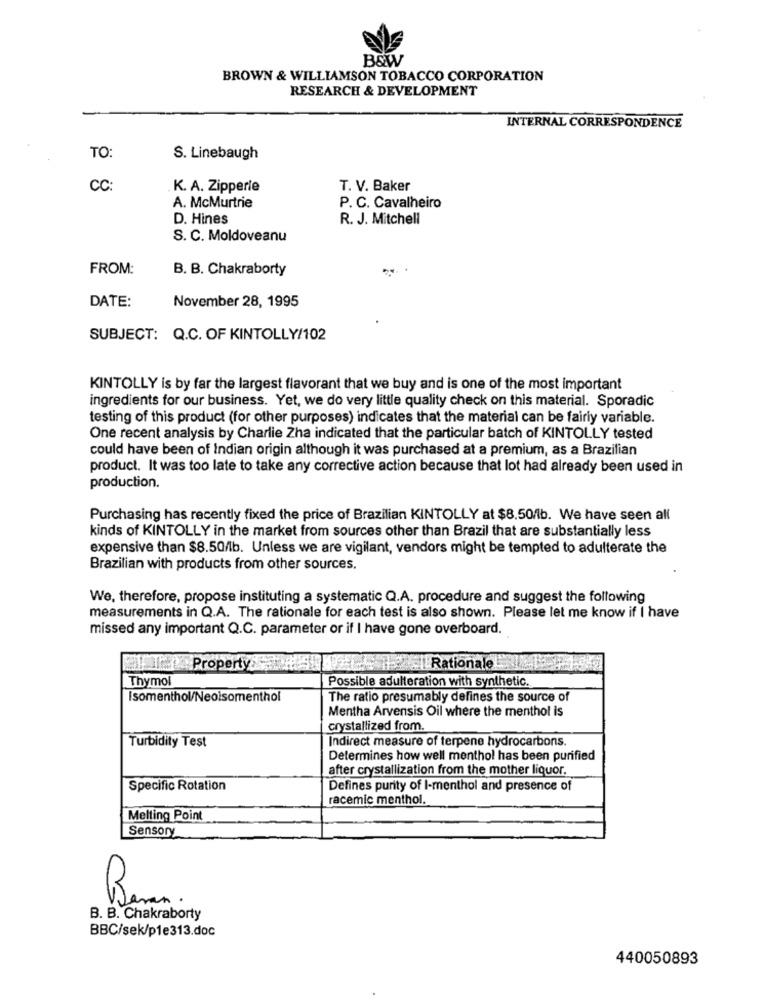
B&W
BROWN & WILLIAMSON TOBACCO CORPORATION
RESEARCH & DEVELOPMENT
INTERNAL CORRESPONDENCE
TO:
S. Linebaugh
CC:
K. A. Zipperle
T. V. Baker
A. McMurtrie
P. C. Cavalheiro
D. Hines
R. J. Mitchell
S. C. Moldoveanu
FROM:
B. B. Chakraborty
November 28, 1995
DATE:
SUBJECT: Q.C. OF KINTOLLY/102
KINTOLLY is by far the largest flavorant that we buy and is one of the most important
ingredients for our business. Yet, we do very little quality check on this material. Sporadic
testing of this product (for other purposes) indicates that the material can be fairly variable.
One recent analysis by Charlie Zha indicated that the particular batch of KINTOLLY tested
could have been of Indian origin although it was purchased at a premium, as a Brazilian
product. It was too late to take any corrective action because that lot had already been used in
production.
Purchasing has recently fixed the price of Brazilian KINTOLLY at $8.50/lb. We have seen all
kinds of KINTOLLY in the market from sources other than Brazil that are substantially less
expensive than $8.50/lb. Unless we are vigilant, vendors might be tempted to adulterate the
Brazilian with products from other sources.
We, therefore, propose instituting a systematic Q.A. procedure and suggest the following
measurements in Q.A. The rationale for each test is also shown. Please let me know if I have
missed any important Q.C. parameter or if I have gone overboard.
Property:
Rationale
Thymol
Possible adulteration with synthetic.
Isomenthol/Neoisomenthol
The ratio presumably defines the source of
Mentha Arvensis Oil where the menthol is
crystallized from.
Turbidity Test
Indirect measure of terpene hydrocarbons.
Determines how well menthol has been purified
after crystallization from the mother liquor.
Specific Rotation
Defines purity of I-menthol and presence of
racemic menthol.
Melting Point
Sensory
Banan.
B. B. Chakraborty
BBC/sek/p1e313.doc
440050893